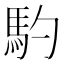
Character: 馰